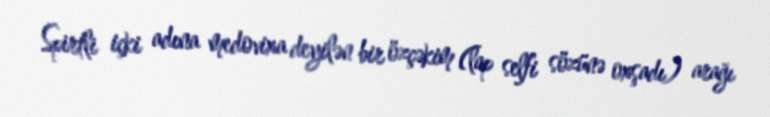
Spirtli içki adına medovixa deyilən bir özçəkim (lap selfi sözünə oxşadı) arağı